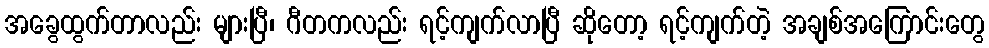
အခွေထွက်တာလည်း များပြီ၊ ဂီတကလည်း ရင့်ကျက်လာပြီ ဆိုတော့ ရင့်ကျက်တဲ့ အချစ်အကြောင်းတွေ